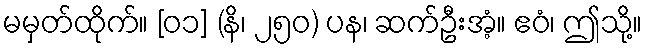
မမှတ်ထိုက်။ [၀၁] (နိ၊ ၂၅၀) ပန၊ ဆက်ဦးအံ့။ ဧဝံ၊ ဤသို့။